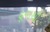
ઢૂવાથી